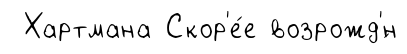
Хартмана Скор'е́е возрожд'́н